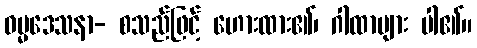
ဓမ္မဒေသနာ- စသည်ဖြင့် ဟေားထား၏၊ ဂါထာများ ပါ၏။